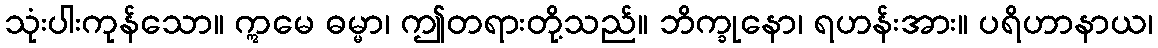
သုံးပါးကုန်သော။ ဣမေ ဓမ္မာ၊ ဤတရားတို့သည်။ ဘိက္ခုနော၊ ရဟန်းအား။ ပရိဟာနာယ၊